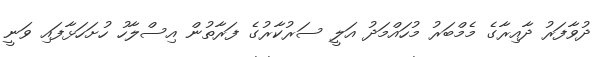
ދުވާފަރު ދާއިރާގެ މެމްބަރު މުހައްމަދު އަލީ ސަރުކާރުގެ ފަރާތުން އިސްލާހު ހުށަހަޅާފައި ވަނީ